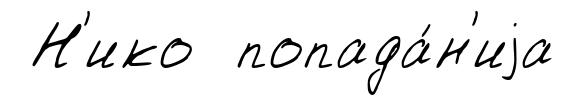
Н'ико попада́н'иjа